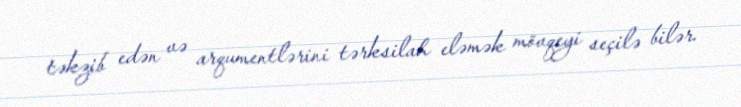
təkzib edən və arqumentlərini tərksilah eləmək mövqeyi seçilə bilər.